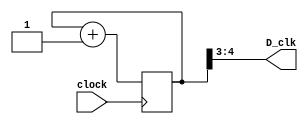
`timescale 1ns / 1ps
//////////////////////////////////////////////////////////////////////////////////
// Company: 
// Engineer: 
// 
// Design Name: 
// Module Name: ClockDivider
// Project Name: 
// Target Devices: 
// Tool Versions: 
// Description: 
// 
// Dependencies: 
// 
// Revision:
// Revision 0.01 - File Created
// Additional Comments:
// 
//////////////////////////////////////////////////////////////////////////////////


module ClockDivider
#(
    parameter N = 5,M = 2
)
(
    input wire clock,
    output wire [M-1:0] D_clk
    );
    reg [N-1:0] count;
    assign D_clk = count[N-1:N-M];
    always @(posedge clock) begin
        count <= count + 1;
    end 
endmodule